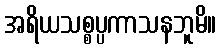
အရိယသစ္စပ္ပကာသနဘူမိ။